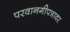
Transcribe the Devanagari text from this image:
परवानगीपत्रावर